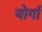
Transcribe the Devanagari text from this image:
योर्गा